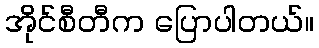
အိုင်စီတီက ပြောပါတယ်။